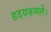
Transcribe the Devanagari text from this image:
हदयकमले।